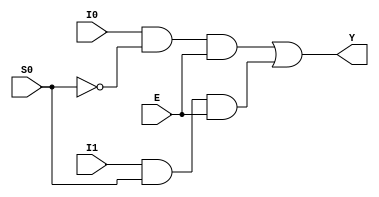
// design under testing
module dut (
    input I0,
    input I1,
    input S0,
    input E,
    output Y
);

    wire notS0, T0, T1;

    not(notS0, S0);
    and(T0, I0, notS0, E);
    and(T1, I1, S0, E);
    or(Y, T0, T1);


endmodule